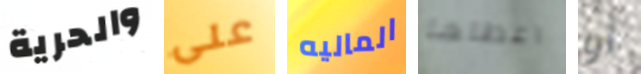
والحرية على الماليه اعطاها أو